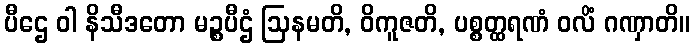
ပီဌေ ဝါ နိသီဒတော မဉ္စပီဌံ ဩနမတိ, ဝိကူဇတိ, ပစ္စတ္ထရဏံ ဝလိံ ဂဏှာတိ။